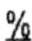
%